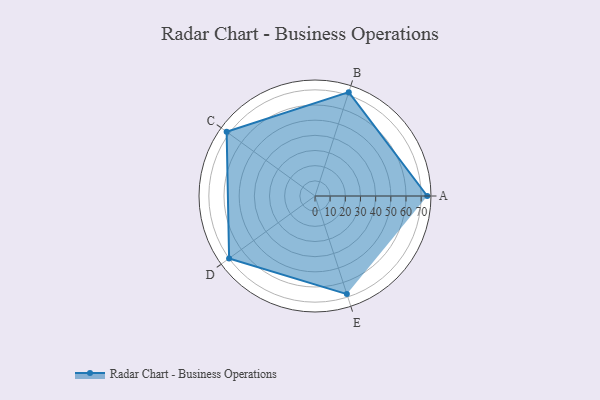
{"axis": {"x": "Skill", "y": "Score"}, "legend": ["Profile"], "data": [{"x": "A", "y": 74.0, "type": "Profile"}, {"x": "B", "y": 72.0, "type": "Profile"}, {"x": "C", "y": 72.0, "type": "Profile"}, {"x": "D", "y": 70.0, "type": "Profile"}, {"x": "E", "y": 68.0, "type": "Profile"}]}